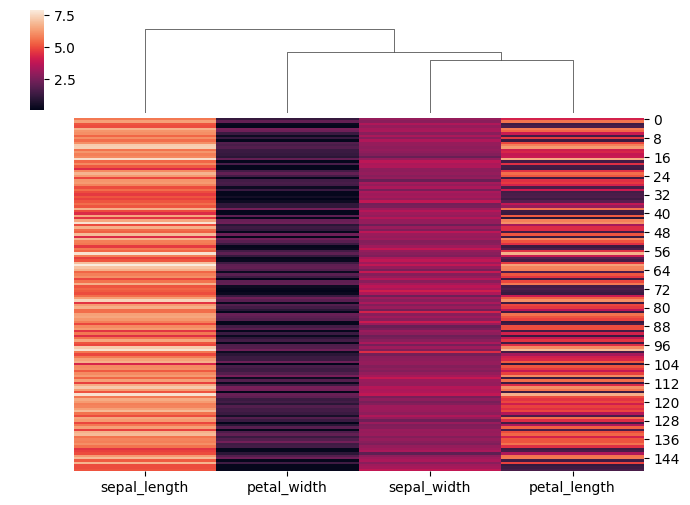
python, seaborn, clustermap, figsize=(7, 5), row_cluster=False, dendrogram_ratio=(0.1, 0.2), cbar_pos=(0.05, 0.8, 0.02, 0.2)